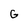
Character: G